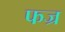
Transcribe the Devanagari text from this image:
फज्र